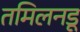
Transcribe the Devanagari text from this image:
तमिलनडू